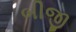
બીજી